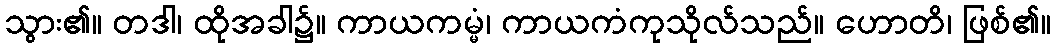
သွား၏။ တဒါ၊ ထိုအခါ၌။ ကာယကမ္မံ၊ ကာယကံကုသိုလ်သည်။ ဟောတိ၊ ဖြစ်၏။